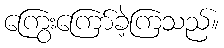
ကြွေးကြော်ခဲ့ကြသည်။